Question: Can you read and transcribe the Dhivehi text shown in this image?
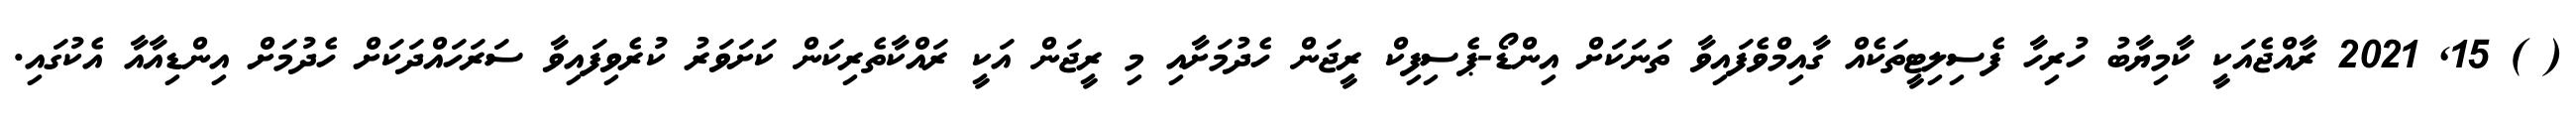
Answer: ( ) 15, 2021 ރާއްޖެއަކީ ކާމިޔާބު ހުރިހާ ފެސިލިޓީތަކެއް ގާއިމްވެފައިވާ ތަނަކަށް އިންޑޯ-ޕެސިފިކް ރީޖަން ހެދުމަށާއި މި ރީޖަން އަކީ ރައްކާތެރިކަން ކަށަވަރު ކުރެވިފައިވާ ސަރަހައްދަކަށް ހެދުމަށް އިންޑިއާއާ އެކުގައި.